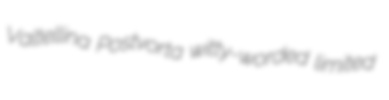
Valtellina Postvorta witty-worded limited